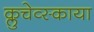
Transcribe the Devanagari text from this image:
क्लुचेव्स्काया